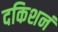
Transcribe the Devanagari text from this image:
दकिशनं